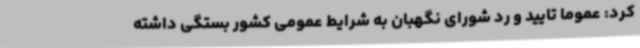
کرد: عموما تایید و رد شورای نگهبان به شرایط عمومی کشور بستگی داشته